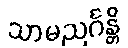
သာမညင်္ဂန္တိ